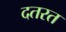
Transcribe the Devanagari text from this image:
दतरत